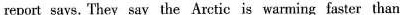
report says. They say the Ar:tic is warming faster than